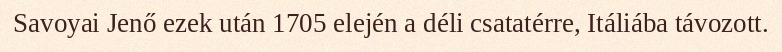
Savoyai Jenő ezek után 1705 elején a déli csatatérre, Itáliába távozott.